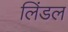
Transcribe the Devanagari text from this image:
लिंडल